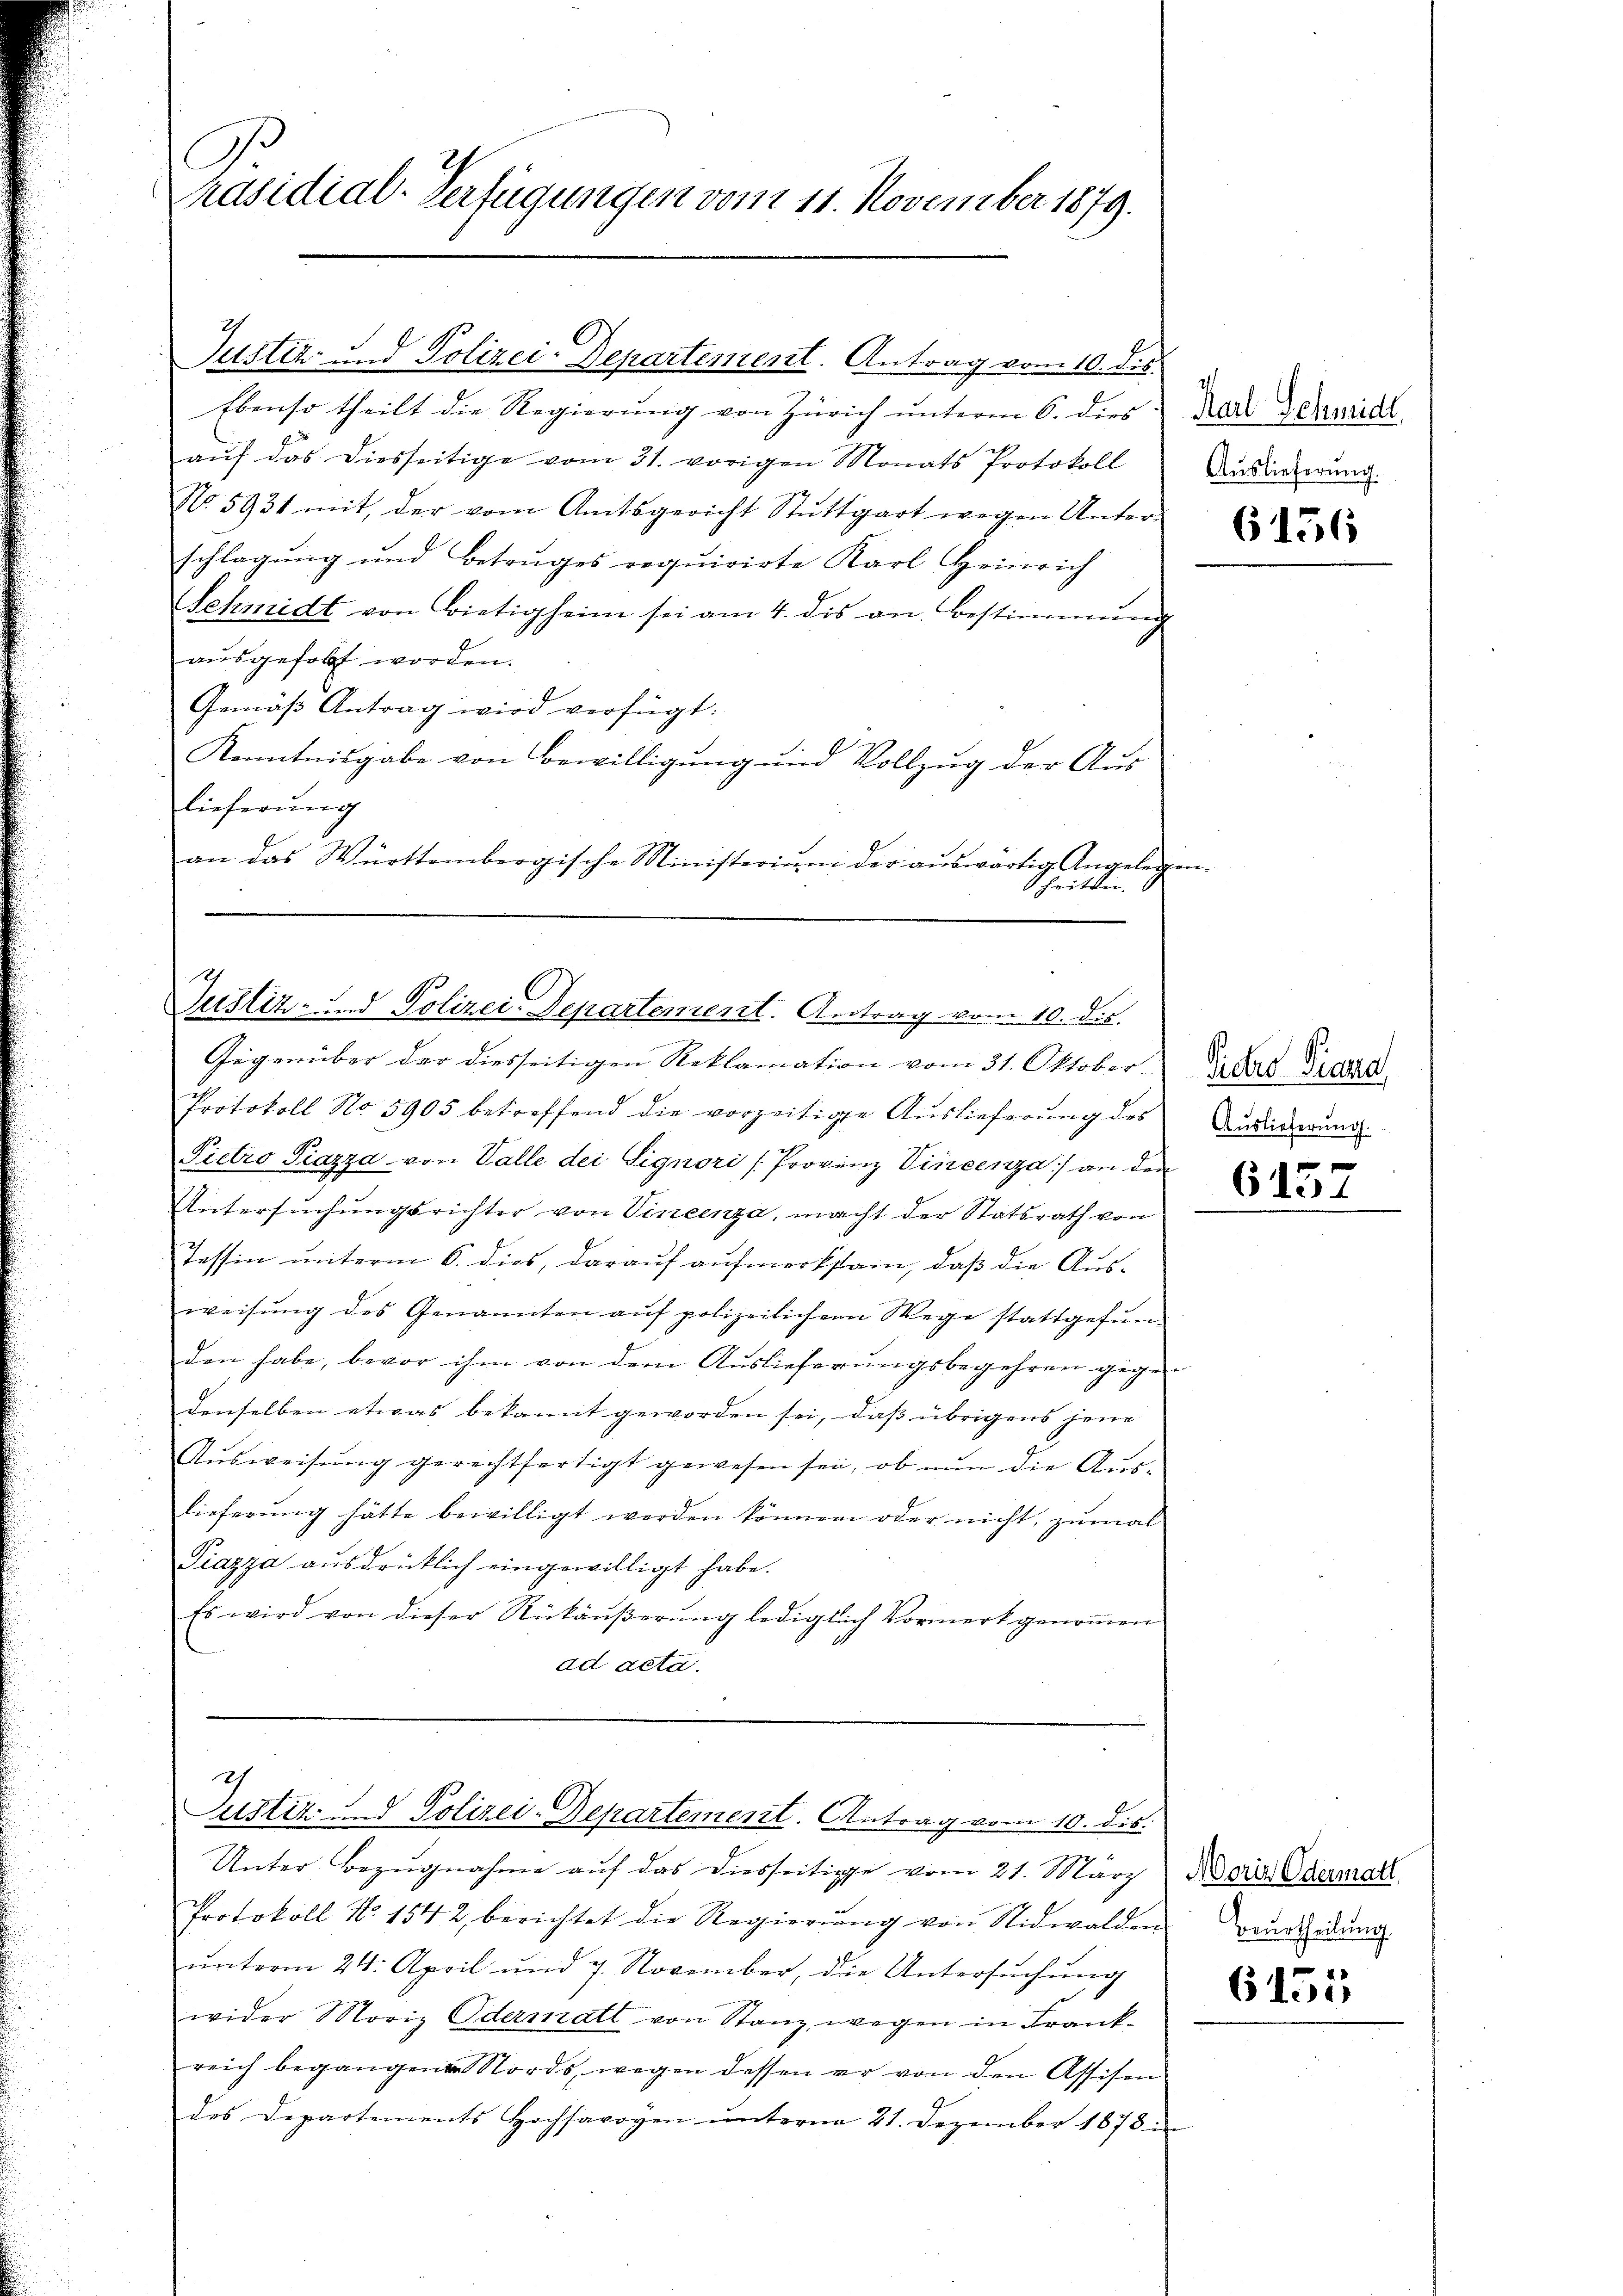
Präsidial-Verfügungen vom 11. November 1879.

Ebenso theilt die Regierŭng von Zürich unterm 6. dies
aŭf das diesseitige vom 31. vorigen Monats Protokoll
No 5931 mit der vom Amtsgericht Stuttgart wegen Unter-
schlagung und Betruges requirirte Karl Heinrich
Schmidt von Bietigheim sei am 4. dis an. Bestimmung
ausgefolgt worden.
Gemäß Antrag wird verfügt:
Kenntnisgabe von Bewilligung und Vollzug der Aus
lieferung
an das Württembergische Ministeriŭm der aŭswärtig Angelegen
Schritten. |

Justiz- und Polizei-Departement. Antrag vom 10. des

Justiz- und Polizei-Departement. Antrag vom 10. dis.

Gegenüber der diesseitigen Reklamation vom 31. Oktober
Protokoll No 5905 betreffend die vorzeitige Auslieferung des
Pietro Piazza von Valle dei Signori /Provinz Vincenza an den
Untersuchungsrichter von Vincenza, macht der Statsrath von
Tessin unterm 6. dies, darauf aufmerksam, daß die Ausweisŭng des Genannten aŭf polizeilichen Wege stattgefŭn-
den habe, bevor ihm von dem Auslieferungsbegehren gegen
denselben etwas bekannt geworden sei, daß übrigens jene
Aŭsweisŭng gerechtfertigt gewesen sei, ob nun die Aŭs-
lieferung hätte bewilligt werden können oder nicht, zumal
Piazza ausdrücklich eingewilligt habe.
Es wird von dieser Rükäŭβerŭng lediglich Vormerk genoṁen
ad acta.

ch
Justiz- und Polizei-Departement. Antrag vom 10. dis.

Unter Bezugnahme auf das diesseitige vom 21. März Noins Odermar
Protokoll No 1542, berichtet die Regierŭng von Nidwalden
ŭnterm 24. April und 7. November, die Untersŭchŭng
wider Moriz Odermatt von Stanz wegen in Frankreich begangenen Nords, wegen dessen er von den Assisen
des Departements Hochsavoyen ŭnterm 21. Dezember 1878

Karl Schmidl
Auslieferung.

6156

Siders Diana
Auslieferung.

6157

Beurtheilung.

6155